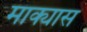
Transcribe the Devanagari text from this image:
माक्यास